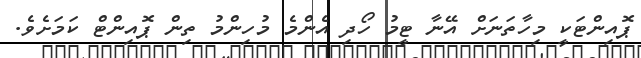
ޕޮއިންޓަކީ މިހާތަނަށް އޭނާ ޓީމު ހޯދި އެންމެ މުހިންމު ތިން ޕޮއިންޓް ކަމަށެވެ.